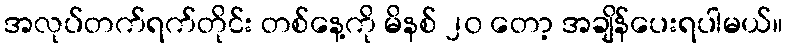
အလုပ်တက်ရက်တိုင်း တစ်နေ့ကို မိနစ် ၂၀ တော့ အချိန်ပေးရပါမယ်။